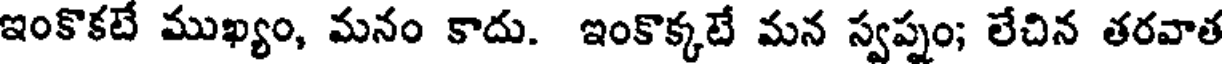
ఇంకొకటే ముఖ్యం, మనం కాదు. ఇంకొక్కటే మన స్వప్నం; లేచిన తరవాత